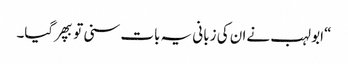
“ابو لہب نےان کی زبانی یہ بات سنی توبپھرگیا۔